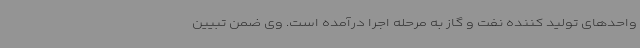
واحدهای تولید کننده نفت و گاز به مرحله اجرا درآمده است. وی ضمن تبیین